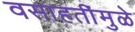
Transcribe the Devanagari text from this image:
वसाहतींमुळे